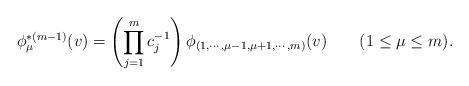
LaTeX: \begin{align*}\phi^{*(m-1)}_\mu(v)=\left(\prod_{j=1}^{m}c_j^{-1}\right)\phi_{(1,\cdots,\mu-1,\mu+1,\cdots,m)}(v)\qquad (1\le \mu\le m).\end{align*}